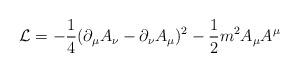
LaTeX: \begin{align*}{\cal L}= -\frac{1}{4}(\partial_{\mu}A_{\nu}-\partial_{\nu}A_{\mu})^{2}-\frac{1}{2}m^{2}A_{\mu}A^{\mu}\end{align*}